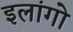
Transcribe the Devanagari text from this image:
इलांगो